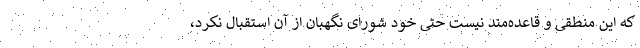
که این منطقی و قاعده‌مند نیست حتی خود شورای نگهبان از آن استقبال نکرد،